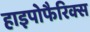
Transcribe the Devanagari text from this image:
हाइपोफैरिक्स